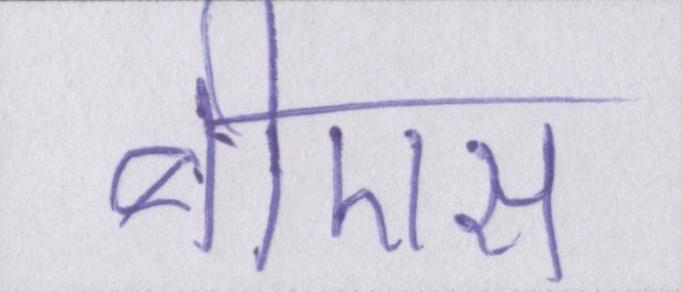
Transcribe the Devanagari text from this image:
बीएस